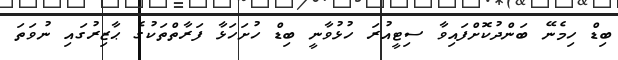
ބިޑް ހިމެނޭ ބަންދުކޮށްފައިވާ ސިޓީއުރަ ހުޅުވާނީ ބިޑް ހުށަހަޅާ ފަރާތްތަކުގެ ޙާޒިރުގައި ނުވަތަ